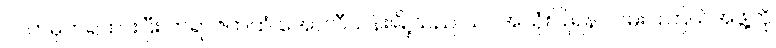
လက်မှတ်ရထားပြီး ကရာဇက်ထံ အော်လီယန်းမြို့သည် သင်အသုံးပြုရန် လမ်းပြကြယ်အဖွဲ့ကို